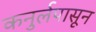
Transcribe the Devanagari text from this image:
कनुर्लपासून